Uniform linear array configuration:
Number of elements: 4
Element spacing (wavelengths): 0.5
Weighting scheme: hamming
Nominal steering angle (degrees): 30
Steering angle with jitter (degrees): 31.347
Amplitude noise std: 0.05
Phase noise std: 0.05

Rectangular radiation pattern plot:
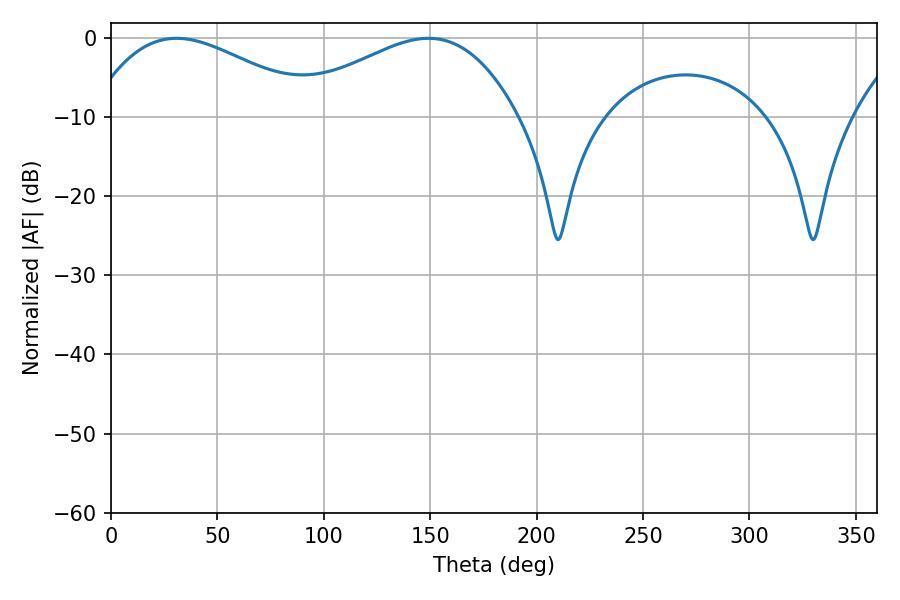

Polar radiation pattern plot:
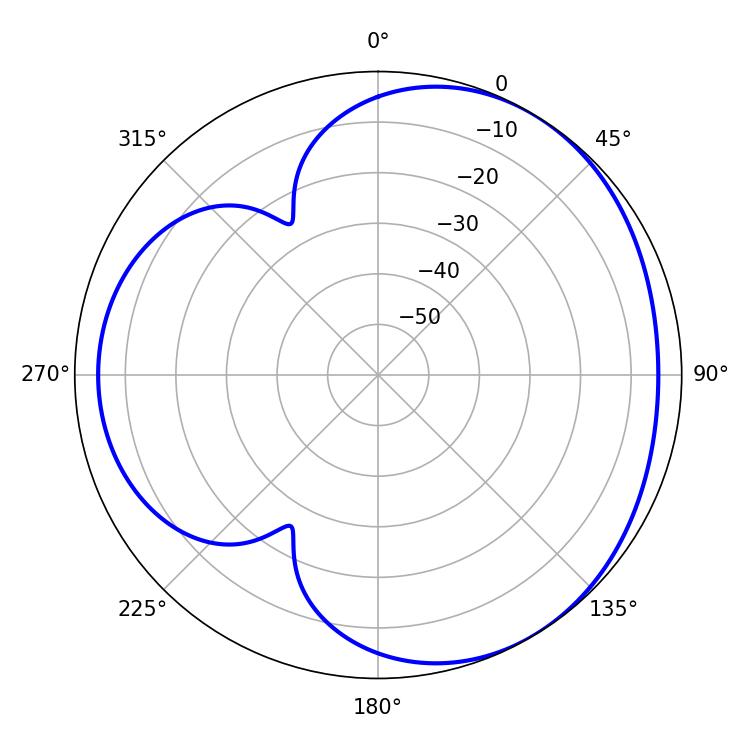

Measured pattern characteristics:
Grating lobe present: FALSE
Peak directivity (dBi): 3.518
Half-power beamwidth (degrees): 58.68
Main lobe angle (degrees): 30.78